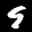
Label: 9